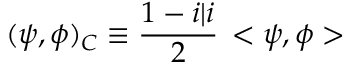
( \psi , \phi ) _ { \cal C } \equiv \frac { 1 - i \vert i } { 2 } \, < \psi , \phi >